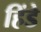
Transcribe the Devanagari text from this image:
हिंडे